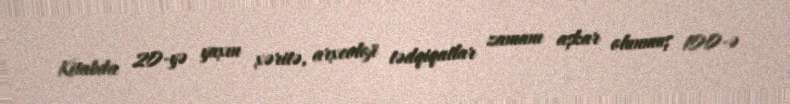
Kitabda 20-yə yaxın xəritə, arxeoloji tədqiqatlar zamanı aşkar olunmuş 100-ə